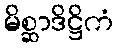
မိစ္ဆာဒိဋ္ဌိကံ